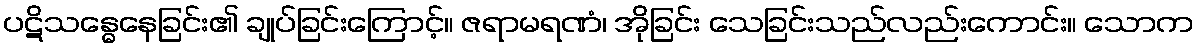
ပဋိသန္ဓေနေခြင်း၏ ချုပ်ခြင်းကြောင့်။ ဇရာမရဏံ၊ အိုခြင်း သေခြင်းသည်လည်းကောင်း။ သောက